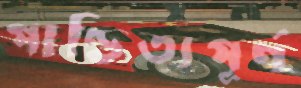
পাণ্ডিত্যপূর্ণ